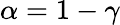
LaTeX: \alpha=1-\gamma